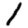
Digit: 1